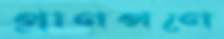
প্রাণপণে